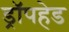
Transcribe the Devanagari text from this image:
ड्रॉपहेड